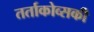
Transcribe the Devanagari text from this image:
तर्ताकोव्सकी